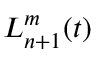
L _ { n + 1 } ^ { m } ( t )